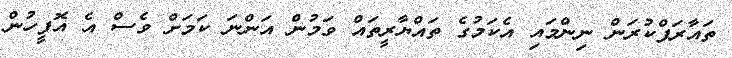
ތައާރަފްކުރަން ނިންމައި އެކަމުގެ ތައްޔާރީތައް ވަމުން އަންނަ ކަމަށް ވެސް އެ އޮފީހުން